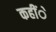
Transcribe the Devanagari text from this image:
कहींे